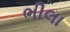
ભીલા